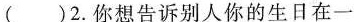
( )2.你想告诉别人你的生日在一